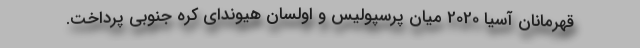
قهرمانان آسیا 2020 میان پرسپولیس و اولسان هیوندای کره جنوبی پرداخت.